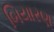
બિયારણ